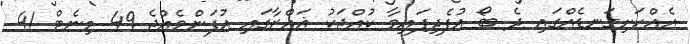
އެއްހަށިގަނޑެއްގައި ދެ ބޯ އުފެދިފައިވާ ކުއްޖަކު ޣައްޒާގައި އުފަންވެއްޖެ 49 މިނެޓް 41